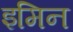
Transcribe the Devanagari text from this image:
इमिन